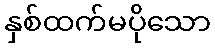
နှစ်ထက်မပိုသော